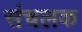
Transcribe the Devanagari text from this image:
संचलक